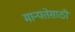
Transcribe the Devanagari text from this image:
मान्यतेसाठी